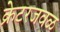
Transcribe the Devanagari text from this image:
क्रेटरजवळ